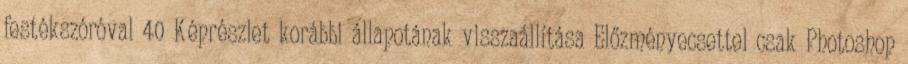
festékszóróval 40 Képrészlet korábbi állapotának visszaállítása Előzményecsettel csak Photoshop